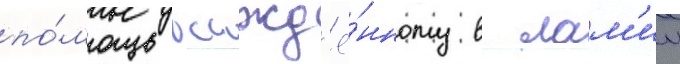
по́мощь осажд'ё́нному в лам'ии